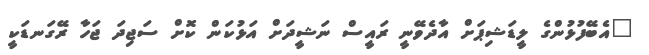
"އެބޭފުޅުންގެ ލީޑަޝިޕަށް އާދެވޭނީ ރައީސް ނަޝީދަށް އަޅުކަން ކޮށް ސަޖިދަ ޖަހާ ރޭގަނޑަކީ